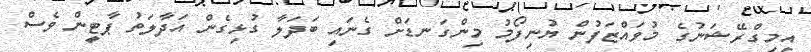
އިމިގްރޭޝަނުގެ މުވައްޒަފުން ޔުނިފޯމު މިންގަނޑަށް ގެނައި ބަދަލާ ގުޅިގެން އަދާލަތު ޕާޓީން ވެސް